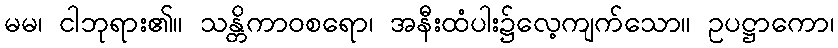
မမ၊ ငါဘုရား၏။ သန္တိကာဝစရော၊ အနီးထံပါး၌လေ့ကျက်သော။ ဥပဋ္ဌာကော၊